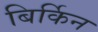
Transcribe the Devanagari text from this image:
बिर्किन